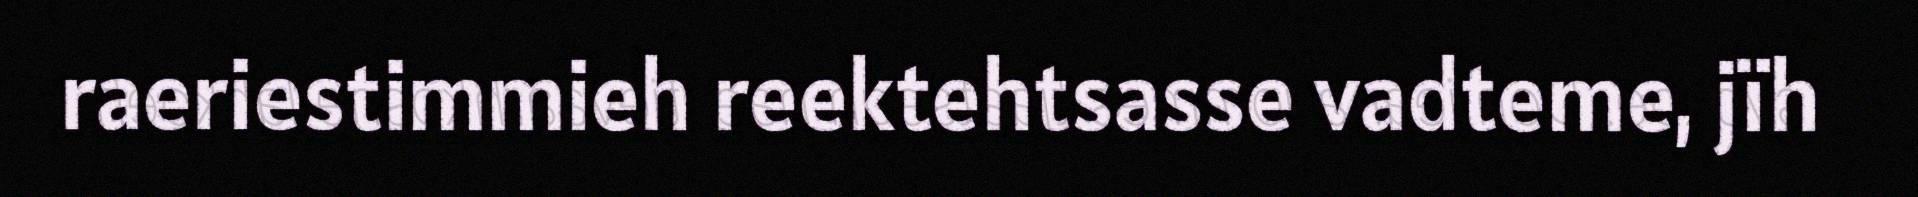
raeriestimmieh reektehtsasse vadteme, jïh